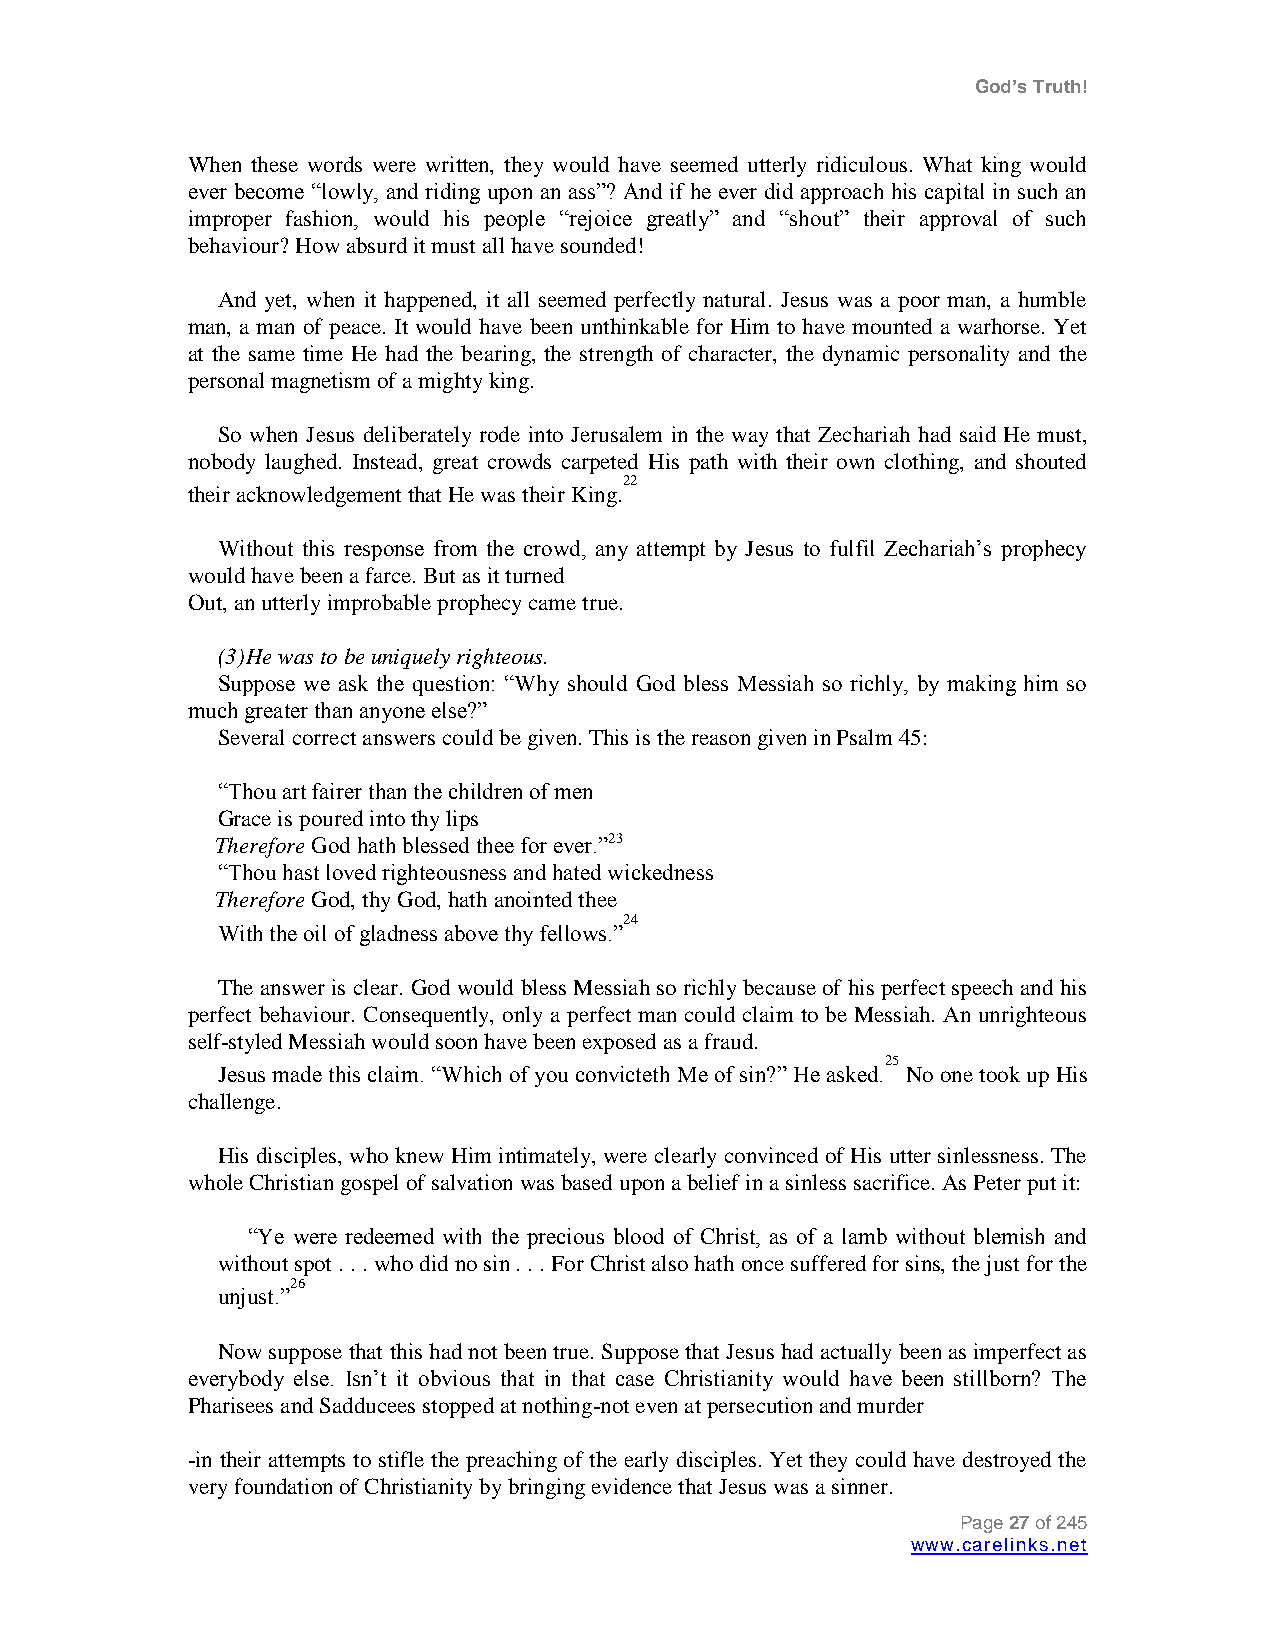
God’s Truth!
 When these words were written, they would have seemed utterly ridiculous. What king would
 ever become “lowly, and riding upon an ass”? And if he ever did approach his capital in such an
 improper fashion, would his people “rejoice greatly” and “shout” their approval of such
 behaviour? How absurd it must all have sounded!
 And yet, when it happened, it all seemed perfectly natural. Jesus was a poor man, a humble
 man, a man of peace. It would have been unthinkable for Him to have mounted a warhorse. Yet
 at the same time He had the bearing, the strength of character, the dynamic personality and the
 personal magnetism of a mighty king.
 So when Jesus deliberately rode into Jerusalem in the way that Zechariah had said He must,
 nobody laughed. Instead, great crowds carpeted His path with their own clothing, and shouted
 22
 their acknowledgement that He was their King.
 Without this response from the crowd, any attempt by Jesus to fulfil Zechariah‟s prophecy
 would have been a farce. But as it turned
 Out, an utterly improbable prophecy came true.
 (3) He was to be uniquely righteous.
 Suppose we ask the question: “Why should God bless Messiah so richly, by making him so
 much greater than anyone else?”
 Several correct answers could be given. This is the reason given in Psalm 45:
 “Thou art fairer than the children of men
 Grace is poured into thy lips
 Therefore God hath blessed thee for ever.”23
 “Thou hast loved righteousness and hated wickedness
 Therefore God, thy God, hath anointed thee
 24
 With the oil of gladness above thy fellows.”
 The answer is clear. God would bless Messiah so richly because of his perfect speech and his
 perfect behaviour. Consequently, only a perfect man could claim to be Messiah. An unrighteous
 self-styled Messiah would soon have been exposed as a fraud.
 Jesus made this claim. “Which of you convicteth Me of sin?” He
 asked.25
 No one took up His
 challenge.
 His disciples, who knew Him intimately, were clearly convinced of His utter sinlessness. The
 whole Christian gospel of salvation was based upon a belief in a sinless sacrifice. As Peter put it:
 “Ye were redeemed with the precious blood of Christ, as of a lamb without blemish and
 without spot . . . who did no sin . . . For Christ also hath once suffered for sins, the just for the
 26
 unjust.”
 Now suppose that this had not been true. Suppose that Jesus had actually been as imperfect as
 everybody else. Isn‟t it obvious that in that case Christianity would have been stillborn? The
 Pharisees and Sadducees stopped at nothing-not even at persecution and murder
 -in their attempts to stifle the preaching of the early disciples. Yet they could have destroyed the
 very foundation of Christianity by bringing evidence that Jesus was a sinner.
 Page 27 of 245
 www.carelinks.net